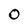
Character: 0